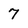
Character: 7